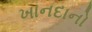
ખાનદાનો